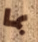
بما